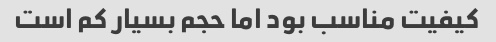
کیفیت مناسب بود اما حجم بسیار کم است